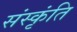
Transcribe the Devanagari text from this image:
संस्कृंति